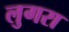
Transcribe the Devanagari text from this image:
लुगरा